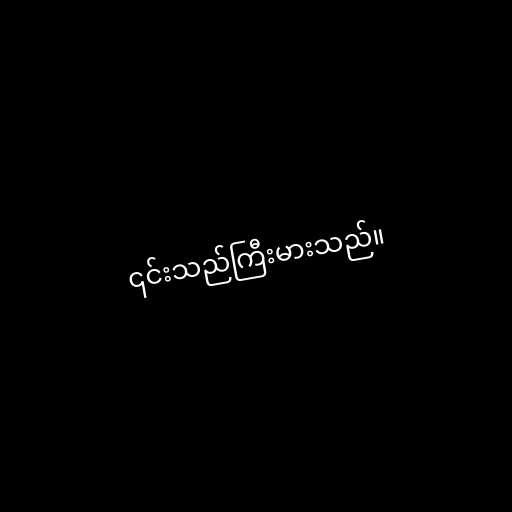
၎င်းသည်ကြီးမားသည်။